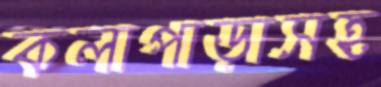
কলাপাড়াসহ